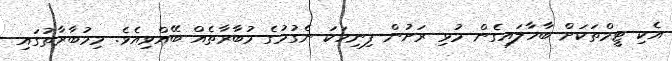
އެކި ޓީމްތަކަށް ބާހާލައިގެން މުޅި ރަށުން ފިނިހަކަ ނެގުމުގެ މުބާރާތެއް ބޭއްވިއެވެ. މިމުބާރާތުގައި